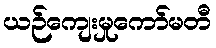
ယဉ်ကျေးမှုကော်မတီ